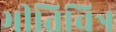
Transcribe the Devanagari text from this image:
भीतिचित्र